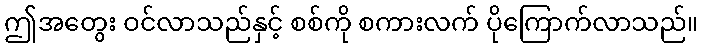
ဤအတွေး ဝင်လာသည်နှင့် စစ်ကို စကားလက် ပိုကြောက်လာသည်။